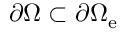
\partial \Omega \subset \partial \Omega _ { \mathrm { e } }